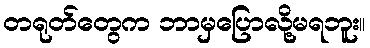
တရုတ်တွေက ဘာမှပြောလို့မရဘူး။